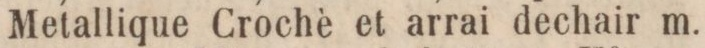
Metallique Crochè et arrai dechair m.